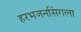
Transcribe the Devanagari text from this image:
हरभजनसिंगला